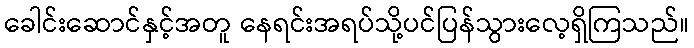
ခေါင်းဆောင်နှင့်အတူ နေရင်းအရပ်သို့ပင်ပြန်သွားလေ့ရှိကြသည်။